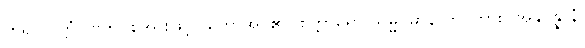
ဟူ၍။ ဝုတ္တံ (ဗဟုဝုစ်အားဖြင့်) ဟောအပ်၏။ စတ္တာရော သမ္မပ္ပဓာနာတိ၊ ကား။ အနုပ္ပန္နာနံ၊